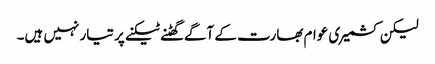
لیکن کشمیری عوام بھارت کے آگے گھٹنے ٹیکنے پر تیار نہیں ہیں۔